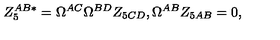
Z _ { 5 } ^ { A B * } = \Omega ^ { A C } \Omega ^ { B D } Z _ { 5 C D } , \Omega ^ { A B } Z _ { 5 A B } = 0 ,